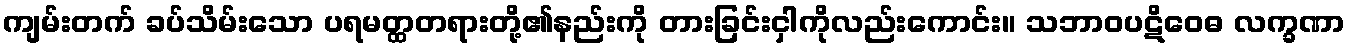
ကျမ်းတက် ခပ်သိမ်းသော ပရမတ္ထတရားတို့၏နည်းကို တားခြင်းငှါကိုလည်းကောင်း။ သဘာဝပဋိဝေဓ လက္ခဏာ